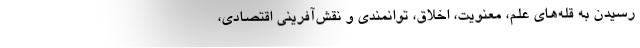
رسیدن به قله‌های علم، معنویت، اخلاق، توانمندی و نقش‌آفرینی اقتصادی،